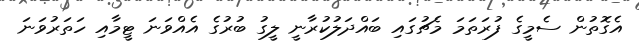
އެގޮތުން ސެމީގެ ފުރަތަމަ މެޗުގައި ބައްދަލުކުރާނީ ލީގު ބުރުގެ އެއްވަނަ ޓީމާއި ހަތަރުވަނަ